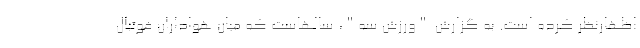
اظهارنظر کرده است. به گزارش "ورزش سه"، سالهاست که میان هواداران فوتبال